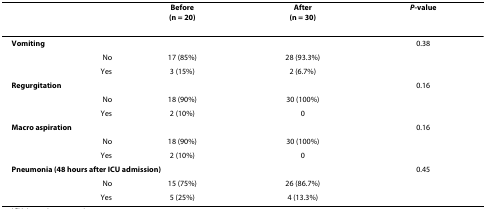
<table><thead><tr><td>[EMPTY_CELL]</td><td><b>Before(n = 20)</b></td><td><b>After(n = 30)</b></td><td><b><i>P</i>-value</b></td></tr></thead><tbody><tr><td colspan="3"><b>Vomiting</b></td><td>0.38</td></tr><tr><td>No</td><td>17 (85%)</td><td>28 (93.3%)</td><td>[EMPTY_CELL]</td></tr><tr><td>Yes</td><td>3 (15%)</td><td>2 (6.7%)</td><td>[EMPTY_CELL]</td></tr><tr><td colspan="3"><b>Regurgitation</b></td><td>0.16</td></tr><tr><td>No</td><td>18 (90%)</td><td>30 (100%)</td><td>[EMPTY_CELL]</td></tr><tr><td>Yes</td><td>2 (10%)</td><td>0</td><td>[EMPTY_CELL]</td></tr><tr><td colspan="3"><b>Macro aspiration</b></td><td>0.16</td></tr><tr><td>No</td><td>18 (90%)</td><td>30 (100%)</td><td>[EMPTY_CELL]</td></tr><tr><td>Yes</td><td>2 (10%)</td><td>0</td><td>[EMPTY_CELL]</td></tr><tr><td colspan="3"><b>Pneumonia (48 hours after ICU admission)</b></td><td>0.45</td></tr><tr><td>No</td><td>15 (75%)</td><td>26 (86.7%)</td><td>[EMPTY_CELL]</td></tr><tr><td>Yes</td><td>5 (25%)</td><td>4 (13.3%)</td><td>[EMPTY_CELL]</td></tr></tbody></table>